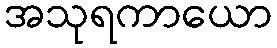
အသုရကာယော